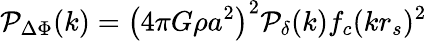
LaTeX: {\cal P}_{\Delta\Phi}(k)=\left(4\pi G\rho a^{2}\right)^{2}{\cal P}_{\delta}(k)f_{c}(kr_{s})^{2}